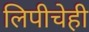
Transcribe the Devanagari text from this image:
लिपीचेही